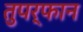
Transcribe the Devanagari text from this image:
तुपर्फान